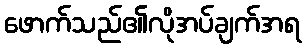
ဖောက်သည်၏လိုအပ်ချက်အရ